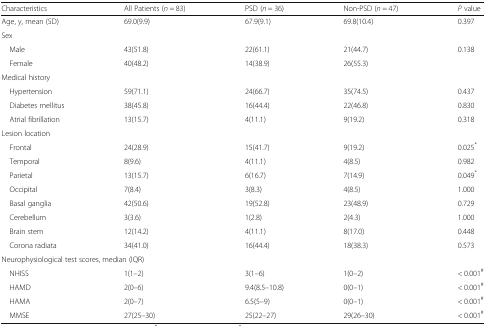
<table><thead><tr><td><b>Characteristics</b></td><td><b>All Patients (<i>n</i> = 83)</b></td><td><b>PSD (<i>n</i> = 36)</b></td><td><b>Non-PSD (<i>n</i> = 47)</b></td><td><b><i>P</i> value</b></td></tr></thead><tbody><tr><td>Age, y, mean (SD)</td><td>69.0(9.9)</td><td>67.9(9.1)</td><td>69.8(10.4)</td><td>0.397</td></tr><tr><td colspan="5">Sex</td></tr><tr><td> Male</td><td>43(51.8)</td><td>22(61.1)</td><td>21(44.7)</td><td>0.138</td></tr><tr><td> Female</td><td>40(48.2)</td><td>14(38.9)</td><td>26(55.3)</td><td></td></tr><tr><td colspan="5">Medical history</td></tr><tr><td> Hypertension</td><td>59(71.1)</td><td>24(66.7)</td><td>35(74.5)</td><td>0.437</td></tr><tr><td> Diabetes mellitus</td><td>38(45.8)</td><td>16(44.4)</td><td>22(46.8)</td><td>0.830</td></tr><tr><td> Atrial fibrillation</td><td>13(15.7)</td><td>4(11.1)</td><td>9(19.2)</td><td>0.318</td></tr><tr><td colspan="5">Lesion location</td></tr><tr><td> Frontal</td><td>24(28.9)</td><td>15(41.7)</td><td>9(19.2)</td><td>0.025<sup>*</sup></td></tr><tr><td> Temporal</td><td>8(9.6)</td><td>4(11.1)</td><td>4(8.5)</td><td>0.982</td></tr><tr><td> Parietal</td><td>13(15.7)</td><td>6(16.7)</td><td>7(14.9)</td><td>0.049<sup>*</sup></td></tr><tr><td> Occipital</td><td>7(8.4)</td><td>3(8.3)</td><td>4(8.5)</td><td>1.000</td></tr><tr><td> Basal ganglia</td><td>42(50.6)</td><td>19(52.8)</td><td>23(48.9)</td><td>0.729</td></tr><tr><td> Cerebellum</td><td>3(3.6)</td><td>1(2.8)</td><td>2(4.3)</td><td>1.000</td></tr><tr><td> Brain stem</td><td>12(14.2)</td><td>4(11.1)</td><td>8(17.0)</td><td>0.448</td></tr><tr><td> Corona radiata</td><td>34(41.0)</td><td>16(44.4)</td><td>18(38.3)</td><td>0.573</td></tr><tr><td colspan="5">Neurophysiological test scores, median (IQR)</td></tr><tr><td> NHISS</td><td>1(1–2)</td><td>3(1–6)</td><td>1(0–2)</td><td>&lt; 0.001<sup>#</sup></td></tr><tr><td> HAMD</td><td>2(0–6)</td><td>9.4(8.5–10.8)</td><td>0(0–1)</td><td>&lt; 0.001<sup>#</sup></td></tr><tr><td> HAMA</td><td>2(0–7)</td><td>6.5(5–9)</td><td>0(0–1)</td><td>&lt; 0.001<sup>#</sup></td></tr><tr><td> MMSE</td><td>27(25–30)</td><td>25(22–27)</td><td>29(26–30)</td><td>&lt; 0.001<sup>#</sup></td></tr></tbody></table>